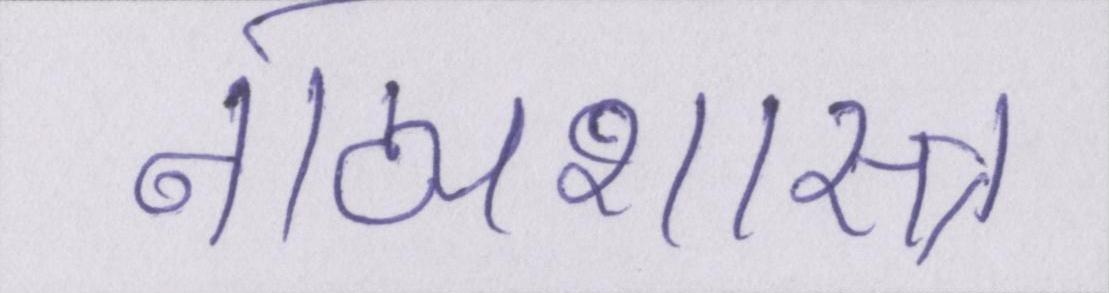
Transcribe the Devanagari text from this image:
नाट्यशास्त्र